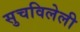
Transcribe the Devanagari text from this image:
सुचविलेली